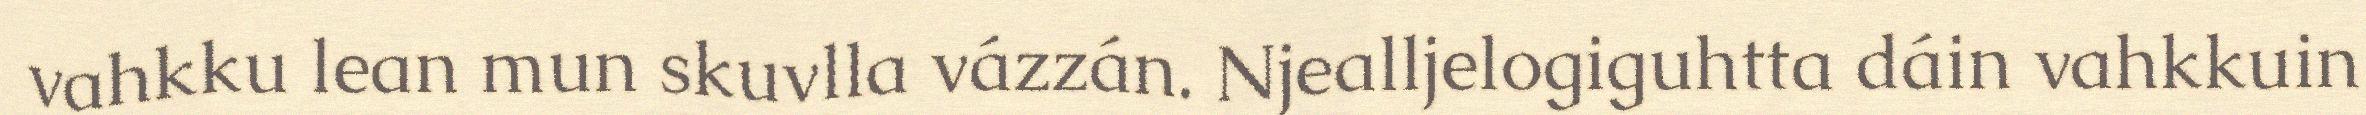
vahkku lean mun skuvlla vázzán. Njealljelogiguhtta dáin vahkkuin